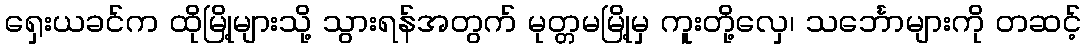
ရှေးယခင်က ထိုမြို့များသို့ သွားရန်အတွက် မုတ္တမမြို့မှ ကူးတို့လှေ၊ သင်္ဘောများကို တဆင့်